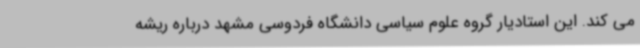
می کند. این استادیار گروه علوم سیاسی دانشگاه فردوسی مشهد درباره ریشه